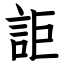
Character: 詎